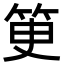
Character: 𥬽